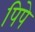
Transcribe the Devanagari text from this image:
पिपे